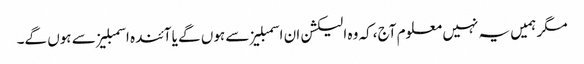
مگر ہمیں یہ نہیں معلوم آج ،کہ وہ الیکشن ان اسمبلیز سے ہوں گے یا آئندہ اسمبلیز سے ہوں گے۔